Mental hospitals Bombay report 1921-28 - 1921-1928
Year: 1921
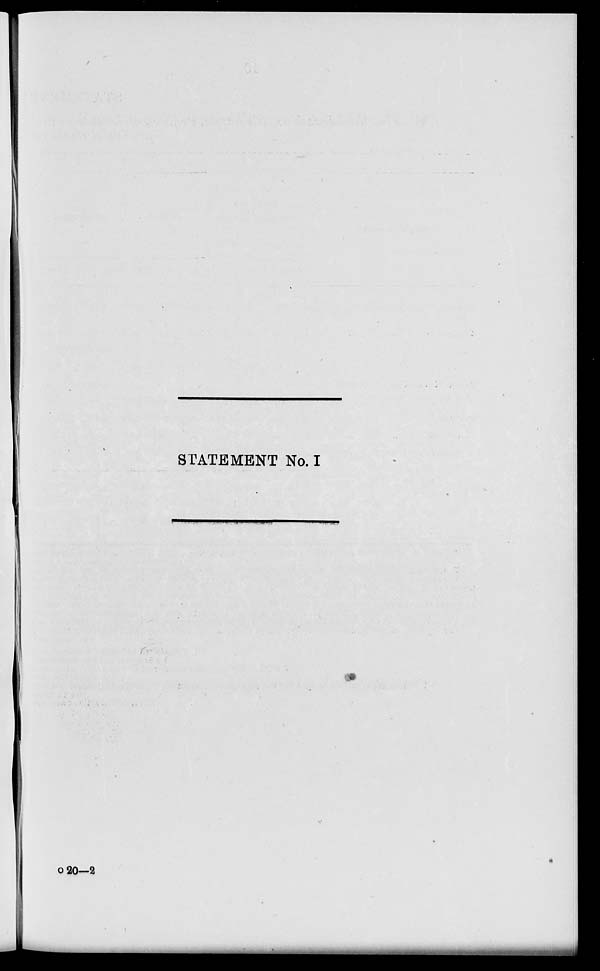
STATEMENT No. I
o 20—2